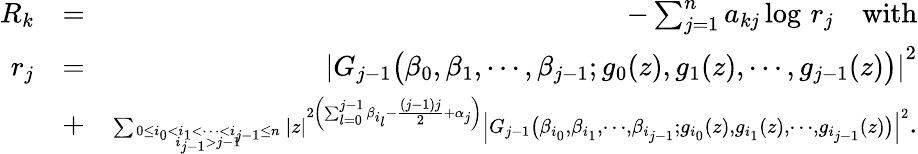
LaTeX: \begin{array}{rlr}{R_{k}}&{=}&{-\sum_{j=1}^{n}a_{kj}\log\, r_{j}\quad\mathrm{with}}\\ {r_{j}}&{=}&{\left|G_{j-1}\big(\beta_{0},\beta_{1},\cdots,\beta_{j-1};g_{0}(z),g_{1}(z),\cdots,g_{j-1}(z)\big)\right|^{2}}\\ &{+}&{{\scriptstyle\sum_{0\le i_{0}<i_{1}<\cdots<i_{j-1}\le n\atop i_{j-1}>j-1}\left|z\right|^{2\left(\sum_{l=0}^{j-1}\beta_{i_{l}}-\frac{(j-1)j}{2}+\alpha_{j}\right)}\left|G_{j-1}\big(\beta_{i_{0}},\beta_{i_{1}},\cdots,\beta_{i_{j-1}};g_{i_{0}}(z),g_{i_{1}}(z),\cdots,g_{i_{j-1}}(z)\big)\right|^{2}}.}\end{array}